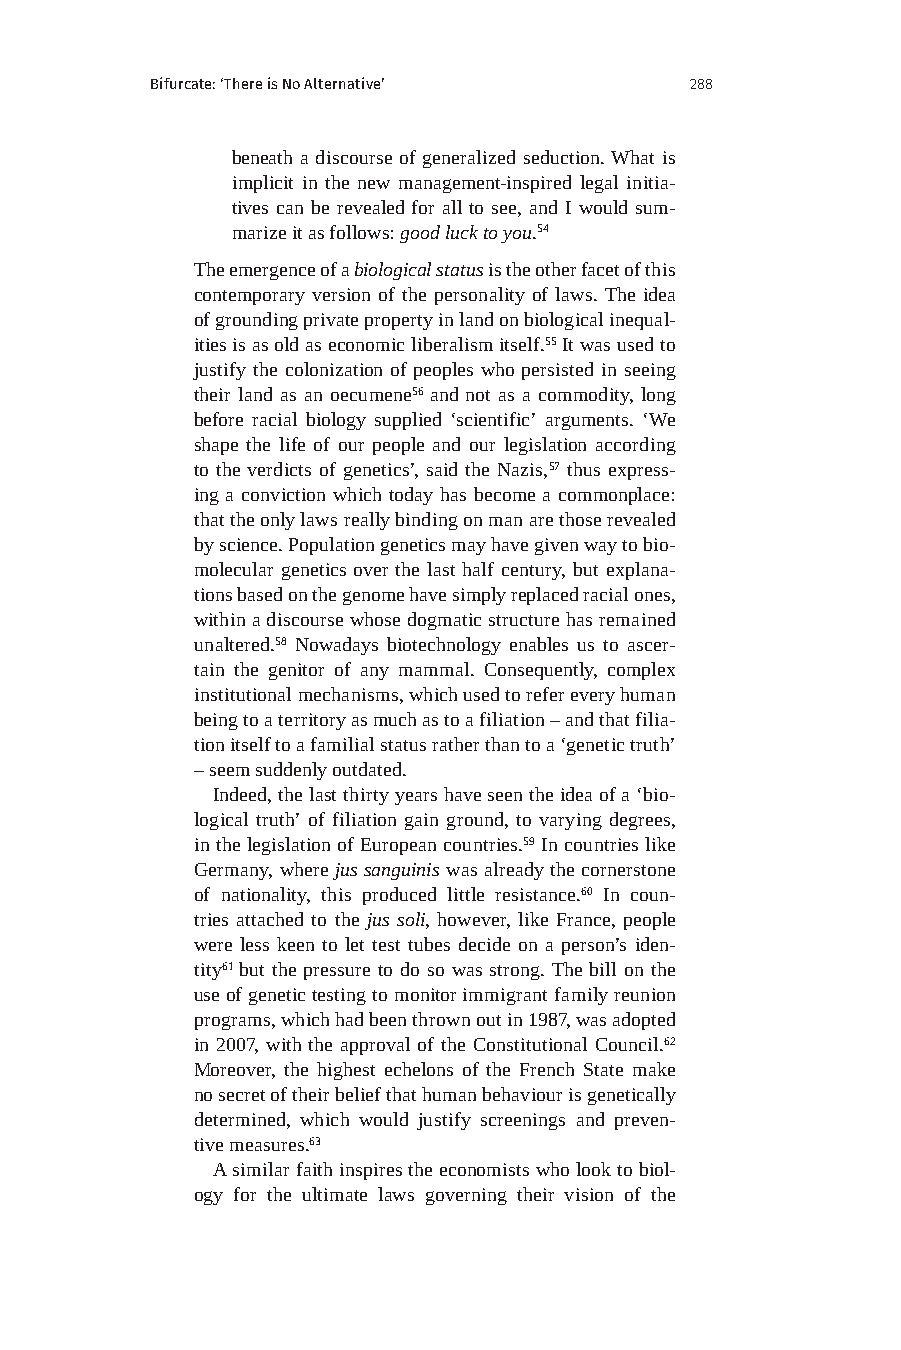
Bifurcate: ‘There is No Alternative’ 288
 beneath a discourse of generalized seduction. What is
 implicit in the new management-inspired legal initia-
 tives can be revealed for all to see, and I would sum-
 marize it as follows: good luck to you.54
 The emergence of a biological status is the other facet of this
 contemporary version of the personality of laws. The idea
 of grounding private property in land on biological inequal-
 ities is as old as economic liberalism itself.55 It was used to
 justify the colonization of peoples who persisted in seeing
 their land as an oecumene56 and not as a commodity, long
 before racial biology supplied ‘scientific’ arguments. ‘We
 shape the life of our people and our legislation according
 to the verdicts of genetics’, said the Nazis,57 thus express-
 ing a conviction which today has become a commonplace:
 that the only laws really binding on man are those revealed
 by science. Population genetics may have given way to bio-
 molecular genetics over the last half century, but explana-
 tions based on the genome have simply replaced racial ones,
 within a discourse whose dogmatic structure has remained
 unaltered.58 Nowadays biotechnology enables us to ascer-
 tain the genitor of any mammal. Consequently, complex
 institutional mechanisms, which used to refer every human
 being to a territory as much as to a filiation – and that filia-
 tion itself to a familial status rather than to a ‘genetic truth’
 – seem suddenly outdated.
 Indeed, the last thirty years have seen the idea of a ‘bio-
 logical truth’ of filiation gain ground, to varying degrees,
 in the legislation of European countries.59 In countries like
 Germany, where jus sanguinis was already the cornerstone
 of nationality, this produced little resistance.60 In coun-
 tries attached to the jus soli, however, like France, people
 were less keen to let test tubes decide on a person’s iden-
 tity61 but the pressure to do so was strong. The bill on the
 use of genetic testing to monitor immigrant family reunion
 programs, which had been thrown out in 1987, was adopted
 in 2007, with the approval of the Constitutional Council.62
 Moreover, the highest echelons of the French State make
 no secret of their belief that human behaviour is genetically
 determined, which would justify screenings and preven-
 tive measures.63
 A similar faith inspires the economists who look to biol-
 ogy for the ultimate laws governing their vision of the